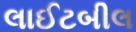
લાઈટબીલ